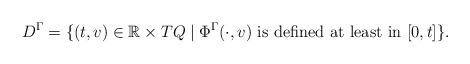
LaTeX: \begin{align*}D^{\Gamma} = \{(t, v) \in \mathbb{R} \times TQ \mid \Phi^{\Gamma}(\cdot, v) \mbox{ is defined at least in } [0, t] \}.\end{align*}